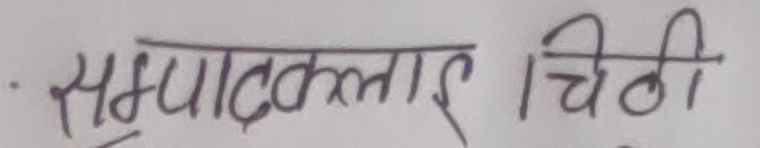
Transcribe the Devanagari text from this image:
सम्पादकलाई चिठी